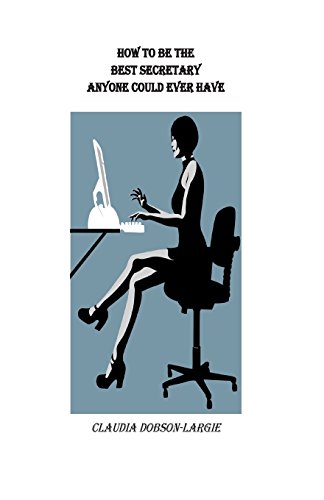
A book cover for How to be the Best Secretary Anyone Could Ever Have; Claudia M Dobson-Largie; Business & Money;